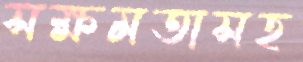
সক্ষমতাসহ